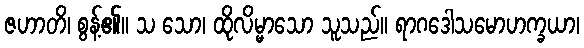
ဇဟာတိ၊ စွန့်၏။ သ သော၊ ထိုလိမ္မာသော သူသည်။ ရာဂဒေါသမောဟက္ခယာ၊